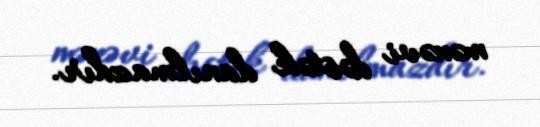
mənəvi dəstək danılmazdır.